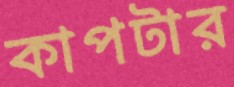
কাপটার